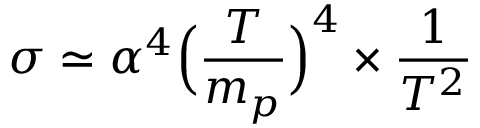
\sigma \simeq \alpha ^ { 4 } \Bigl ( \frac { T } { m _ { p } } \Bigr ) ^ { 4 } \times \frac { 1 } { T ^ { 2 } }